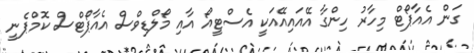
ގަން އެއާޕޯޓް މިހާރު ހިންގާ އޭއައިއޭއަކީ އެސްޓީއޯ އާއި މޯލްޑިވްސް އެއާޕޯޓްސް ކޮމްޕެނީ